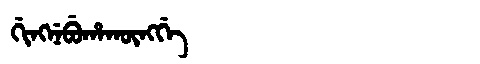
Manchu: ᡤᡳᠩᠨᡝᠪᡠᡥᠠᡴᡡᠩᡤᡝ
Romanization: GINGNEBUHAKŪNGGE